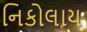
નિકોલાય